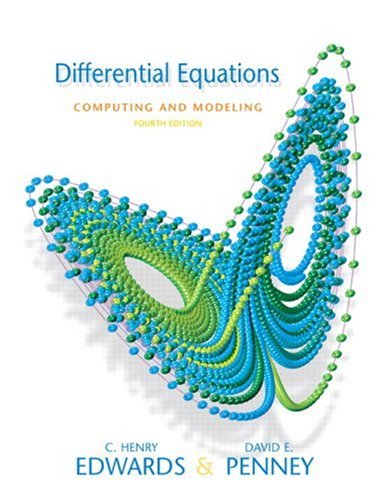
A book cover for Differential Equations Computing and Modeling (4th Edition); C. Henry Edwards; Computers & Technology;